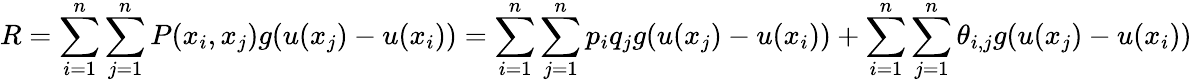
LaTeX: R=\sum_{i=1}^{n}\sum_{j=1}^{n}P(x_{i},x_{j})g(u(x_{j})-u(x_{i}))=\sum_{i=1}^{n}\sum_{j=1}^{n}p_{i}q_{j}g(u(x_{j})-u(x_{i}))+\sum_{i=1}^{n}\sum_{j=1}^{n}\theta_{i,j}g(u(x_{j})-u(x_{i}))